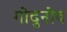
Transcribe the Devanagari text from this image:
गोदुनोव